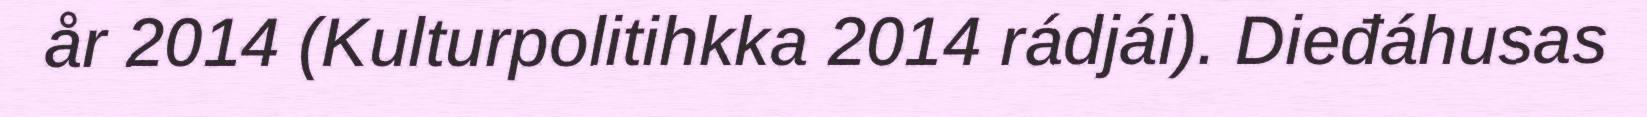
år 2014 (Kulturpolitihkka 2014 rádjái). Dieđáhusas